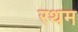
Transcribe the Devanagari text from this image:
रथम